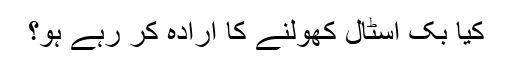
کیا بک اسٹال کھولنے کا ارادہ کر رہے ہو؟